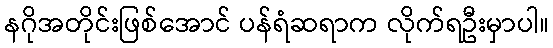
နဂိုအတိုင်းဖြစ်အောင် ပန်ရံဆရာက လိုက်ရဦးမှာပါ။